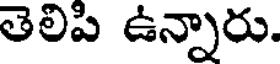
తెలిపి ఉన్నారు.